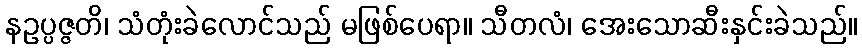
နဥပ္ပဇ္ဇတိ၊ သံတုံးခဲလောင်သည် မဖြစ်ပေရာ။ သီတလံ၊ အေးသောဆီးနှင်းခဲသည်။